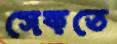
সেকতে